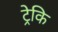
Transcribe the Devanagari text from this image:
ट्रेकि